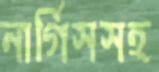
নার্গিসসহ